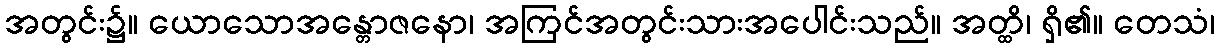
အတွင်း၌။ ယောသောအန္တောဇနော၊ အကြင်အတွင်းသားအပေါင်းသည်။ အတ္ထိ၊ ရှိ၏။ တေသံ၊